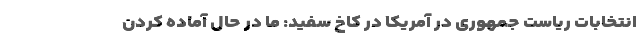
انتخابات ریاست جمهوری در آمریکا در کاخ سفید: ما در حال آماده کردن